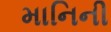
માનિની